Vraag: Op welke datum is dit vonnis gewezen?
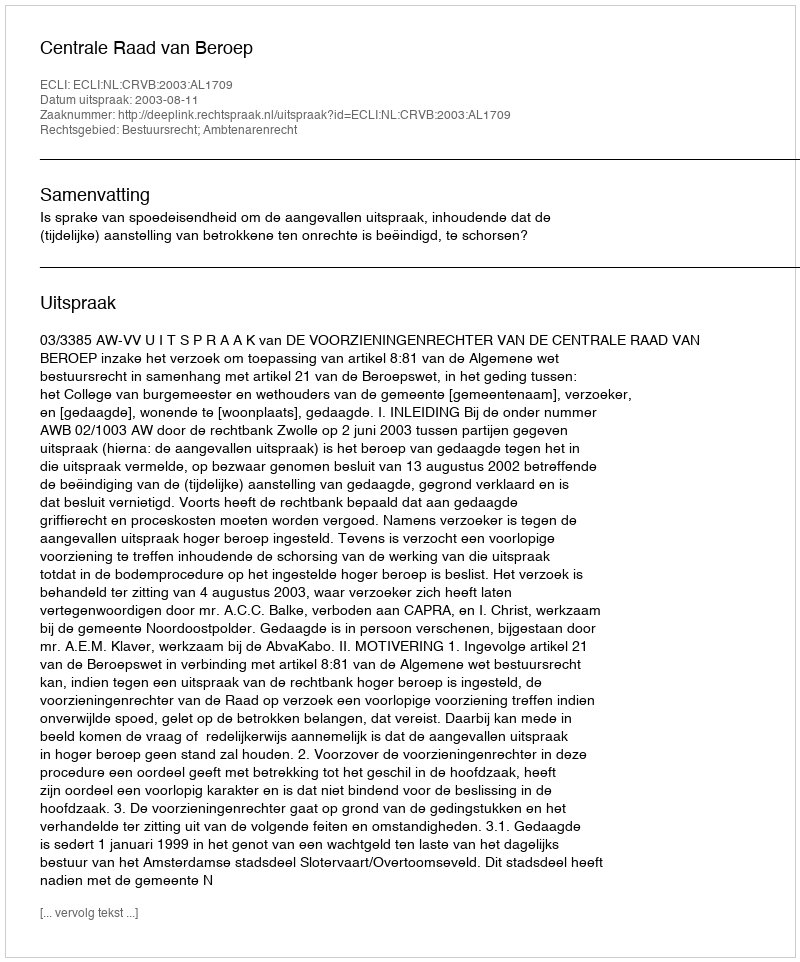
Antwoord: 2003-08-11